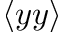
\langle y y \rangle